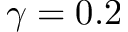
\gamma = 0 . 2